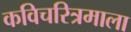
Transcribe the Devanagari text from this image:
कविचरित्रमाला